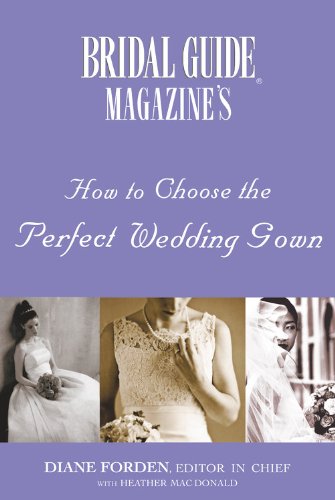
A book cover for Bridal Guide (R) Magazine's How to Choose the Perfect Wedding Gown; Diane Forden; Crafts, Hobbies & Home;